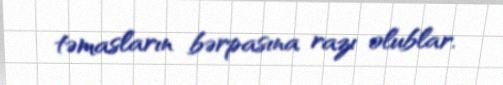
təmasların bərpasına razı olublar.